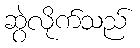
ဆွဲလိုက်သည်